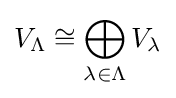
V_{\Lambda }\cong \bigoplus _{\lambda \in \Lambda }V_{\lambda }